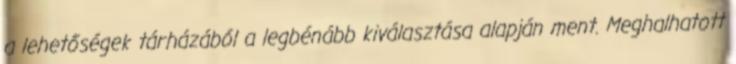
a lehetőségek tárházából a legbénább kiválasztása alapján ment. Meghalhatott